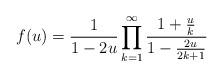
LaTeX: \begin{align*}f(u)=\frac{1}{1-2u}\prod_{k=1}^{\infty}\frac{1+\frac{u}{k}}{1-\frac{2u}{2k+1}}\end{align*}